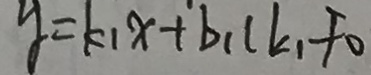
y = k _ { 1 } x + b _ { 1 } ( k _ { 1 } \neq 0